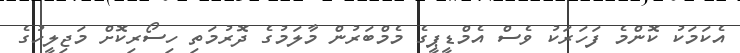
އެކަމަކު ކޮންމެ ފަހަރަކު ވެސް އެމްޑީޕީގެ މެމްބަރުން މާލަމުގެ ދޮރުމަތި ހިސޯރިކޮށް މަޖިލީހުގެ